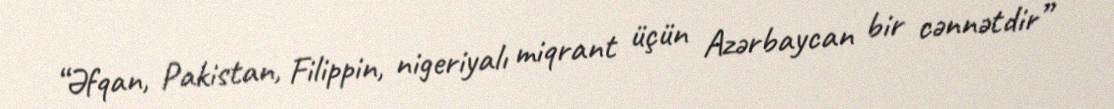
“Əfqan, Pakistan, Filippin, nigeriyalı miqrant üçün Azərbaycan bir cənnətdir”